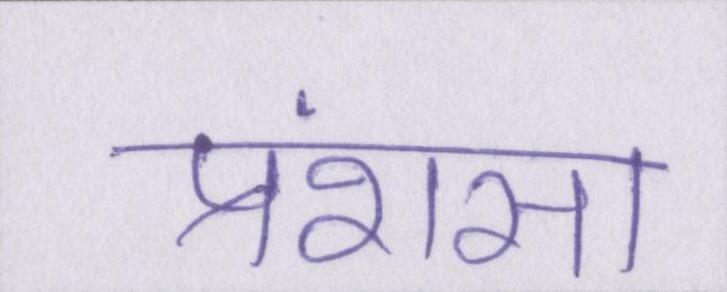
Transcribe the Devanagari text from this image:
प्रंशसा